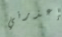
إعذرني